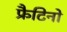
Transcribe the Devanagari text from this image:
फ्रैटिनो